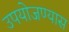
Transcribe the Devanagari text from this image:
उपयोजण्यास